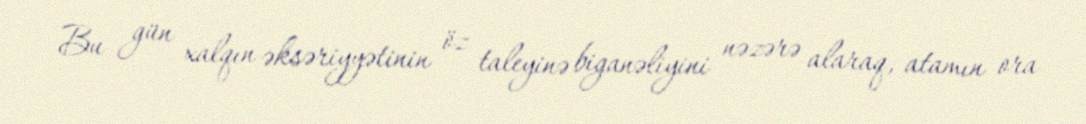
Bu gün xalqın əksəriyyətinin öz taleyinə biganəliyini nəzərə alaraq, atamın ora